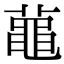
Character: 𪓔